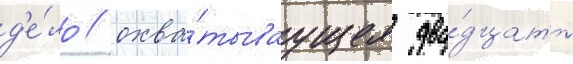
д'е́ло / охва́тываущее два́дцать